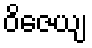
ဝိဇေယျ